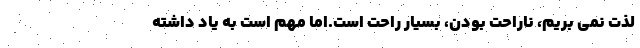
لذت نمی بریم، ناراحت بودن، بسیار راحت است.اما مهم است به یاد داشته